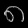
Digit: ၈